V__Kingissepa_nim__kolhoos, lk 21
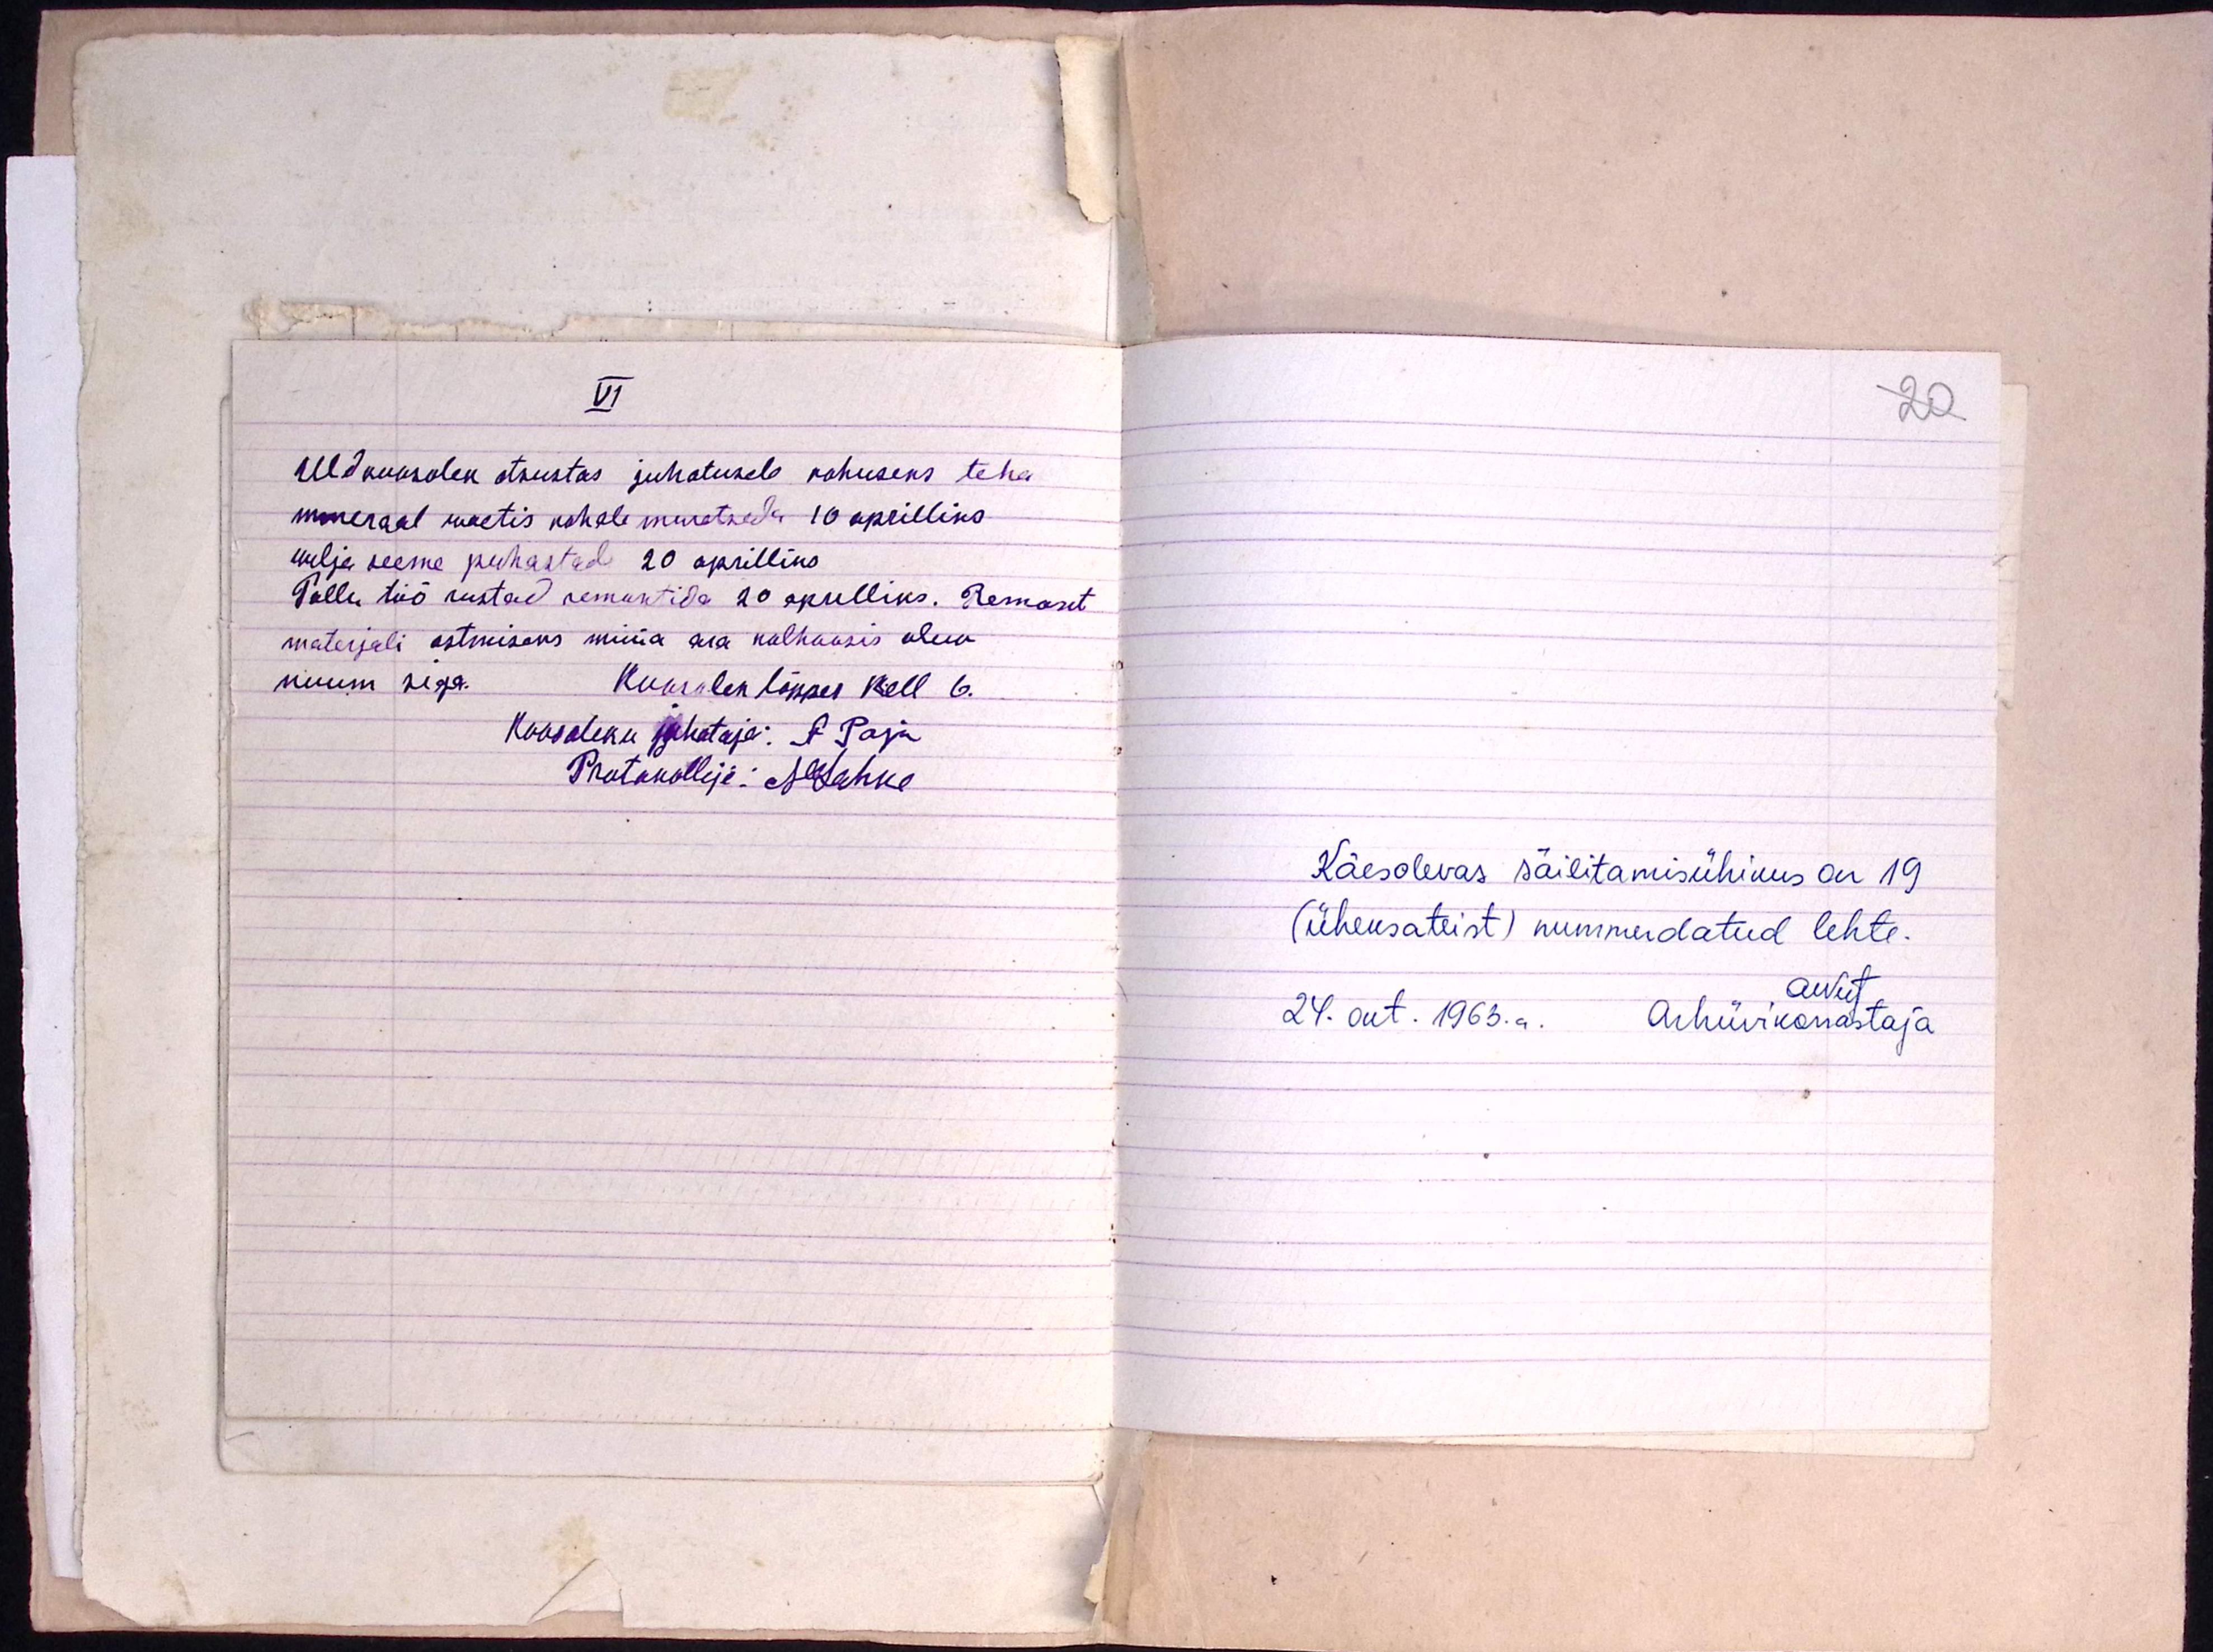
20

VI
Üldkoosolek otsustas juhatusele kohuseks teha
mineraal waetis kohale muretseda 10 aprilliks
wilja seeme puhastad 20 aprilliks
Pollu töö riistad remontida 20 aprilliks. Remont
materjali ostmiseks müüa ära kolhoosis olev
nuum siga.
koosolek lõppes kell 6.
Koosoleku juhataja: J Paju
Protokollije: MLahke

Käesolevas säilitamisühikus on 19
(üheksateist) nummerdatud lehte.
ANut
24. okt. 1963.a.
Arhiivikorrastaja